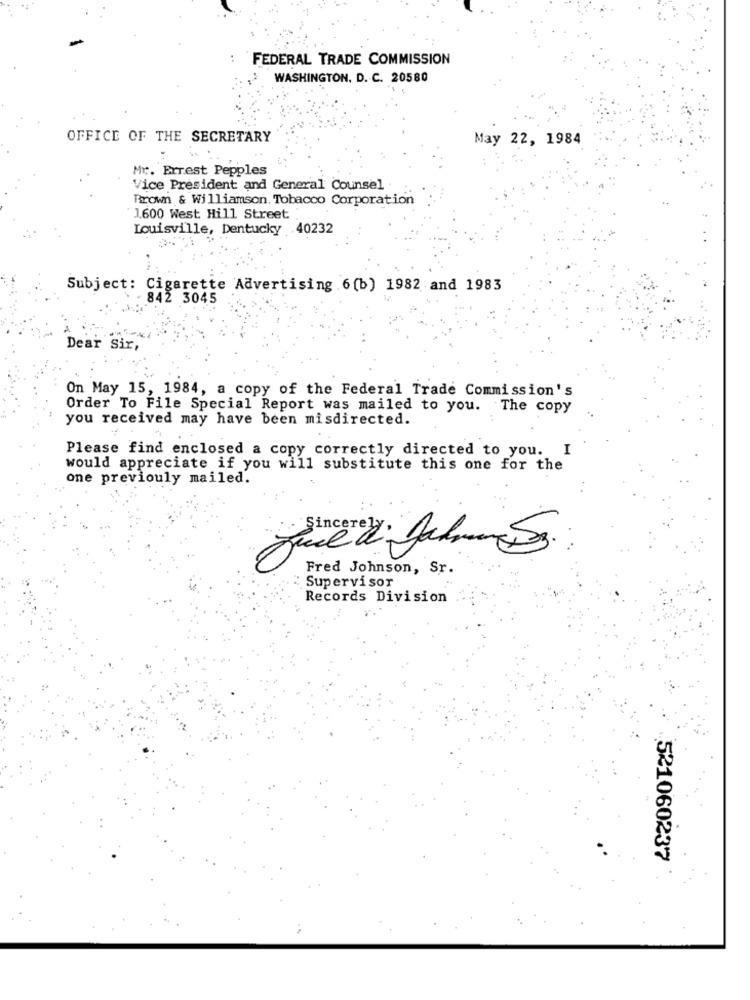
: FEDERAL TRADE COMMISSION
WASHINGTON, D. C. 20580
OFFICE OF THE SECRETARY
May 22, 1984
Mr. Errest Pepples
Vice President and General Counsel .
Brown & Williamson. Tobacco Corporation
1.600 West Hill Street
Louisville, Dentucky .40232
Subject: Cigarette Advertising 6(b) 1982 and 1983
842 3045
Dear Sir,
On May 15, 1984, a copy of the Federal Trade Commission's
Order To File Special Report was mailed to you. The copy
you received may have been misdirected.
Please find enclosed a copy correctly directed to you. I
would appreciate if you will substitute this one for the
one previouly mailed.
Fred Johnson, Sr.
Supervisor
Records Division
521060237